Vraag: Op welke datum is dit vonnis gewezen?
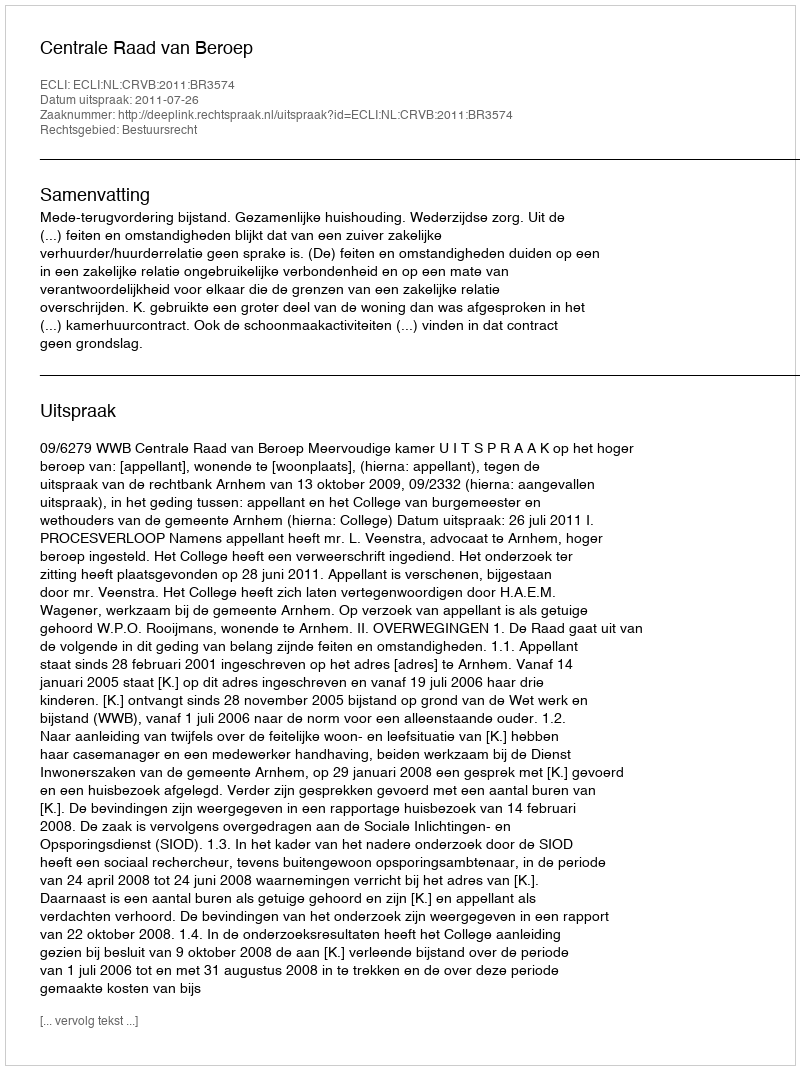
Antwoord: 2011-07-26